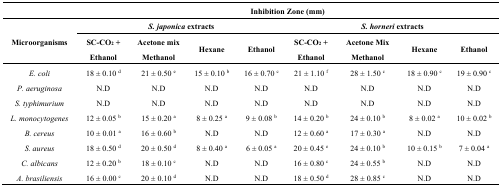
<table><thead><tr><td></td><td colspan="8"><b>Inhibition Zone (mm)</b></td></tr><tr><td rowspan="2"><b>Microorganisms</b></td><td colspan="4"><b><i>S. japonica</i> extracts</b></td><td colspan="4"><b><i>S. horneri</i> extracts</b></td></tr><tr><td><b>SC-CO<sub>2</sub> + Ethanol</b></td><td><b>Acetone mix Methanol</b></td><td><b>Hexane</b></td><td><b>Ethanol</b></td><td><b>SC-CO<sub>2</sub> + Ethanol</b></td><td><b>Acetone Mix Methanol</b></td><td><b>Hexane</b></td><td><b>Ethanol</b></td></tr></thead><tbody><tr><td><i>E. coli</i></td><td>18 ± 0.10 <sup>d</sup></td><td>21 ± 0.50 <sup>e</sup></td><td>15 ± 0.10 <sup>b</sup></td><td>16 ± 0.70 <sup>c</sup></td><td>21 ± 1.10 <sup>f</sup></td><td>28 ± 1.50 <sup>c</sup></td><td>18 ± 0.90 <sup>c</sup></td><td>19 ± 0.90 <sup>c</sup></td></tr><tr><td><i>P. aeruginosa</i></td><td>N.D</td><td>N.D</td><td>N.D</td><td>N.D</td><td>N.D</td><td>N.D</td><td>N.D</td><td>N.D</td></tr><tr><td><i>S. typhimurium</i></td><td>N.D</td><td>N.D</td><td>N.D</td><td>N.D</td><td>N.D</td><td>N.D</td><td>N.D</td><td>N.D</td></tr><tr><td><i>L. monocytogenes</i></td><td>12 ± 0.05 <sup>b</sup></td><td>15 ± 0.20 <sup>a</sup></td><td>8 ± 0.25 <sup>a</sup></td><td>9 ± 0.08 <sup>b</sup></td><td>14 ± 0.20 <sup>b</sup></td><td>24 ± 0.10 <sup>b</sup></td><td>8 ± 0.02 <sup>a</sup></td><td>10 ± 0.02 <sup>b</sup></td></tr><tr><td><i>B. cereus</i></td><td>10 ± 0.01 <sup>a</sup></td><td>16 ± 0.60 <sup>b</sup></td><td>N.D</td><td>N.D</td><td>12 ± 0.60 <sup>a</sup></td><td>17 ± 0.30 <sup>a</sup></td><td>N.D</td><td>N.D</td></tr><tr><td><i>S. aureus</i></td><td>18 ± 0.50 <sup>d</sup></td><td>20 ± 0.50 <sup>d</sup></td><td>8 ± 0.40 <sup>a</sup></td><td>6 ± 0.05 <sup>a</sup></td><td>20 ± 0.45 <sup>e</sup></td><td>24 ± 0.10 <sup>b</sup></td><td>10 ± 0.15 <sup>b</sup></td><td>7 ± 0.04 <sup>a</sup></td></tr><tr><td><i>C. albicans</i></td><td>12 ± 0.20 <sup>b</sup></td><td>18 ± 0.10 <sup>c</sup></td><td>N.D</td><td>N.D</td><td>16 ± 0.80 <sup>c</sup></td><td>24 ± 0.55 <sup>b</sup></td><td>N.D</td><td>N.D</td></tr><tr><td><i>A. brasiliensis</i></td><td>16 ± 0.00 <sup>c</sup></td><td>20 ± 0.10 <sup>d</sup></td><td>N.D</td><td>N.D</td><td>18 ± 0.50 <sup>d</sup></td><td>28 ± 0.85 <sup>c</sup></td><td>N.D</td><td>N.D</td></tr></tbody></table>